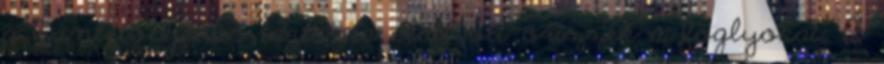
a büntetőeljárás tartama alatt ott őrizzék a foglyokat. A